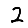
Digit: 2